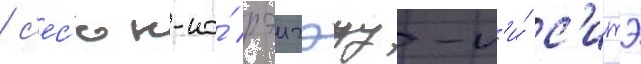
/ с'ес'юн-но́ рэигэцу-н'и́ с'итэ